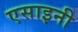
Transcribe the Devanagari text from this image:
एसाइनी